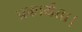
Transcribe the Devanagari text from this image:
प्रकार्यता।